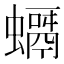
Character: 𧒘